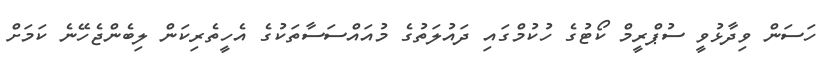
ހަސަން ވިދާޅުވީ ސުޕްރީމް ކޯޓުގެ ހުކުމްގައި ދައުލަތުގެ މުއައްސަސާތަކުގެ އެހީތެރިކަން ލިބެންޖެހޭނެ ކަމަށް